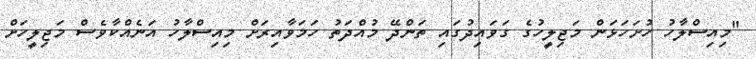
"މިއިސްލާހު ހުށަހަޅަން މަޖިލީހުގެ ގަވައިދުގައި ތަންދޭ މުއްދަތު ހަމަވާއިރަށް މިއިސްލާހު އަނެއްކާވެސް މަޖިލީހަށް